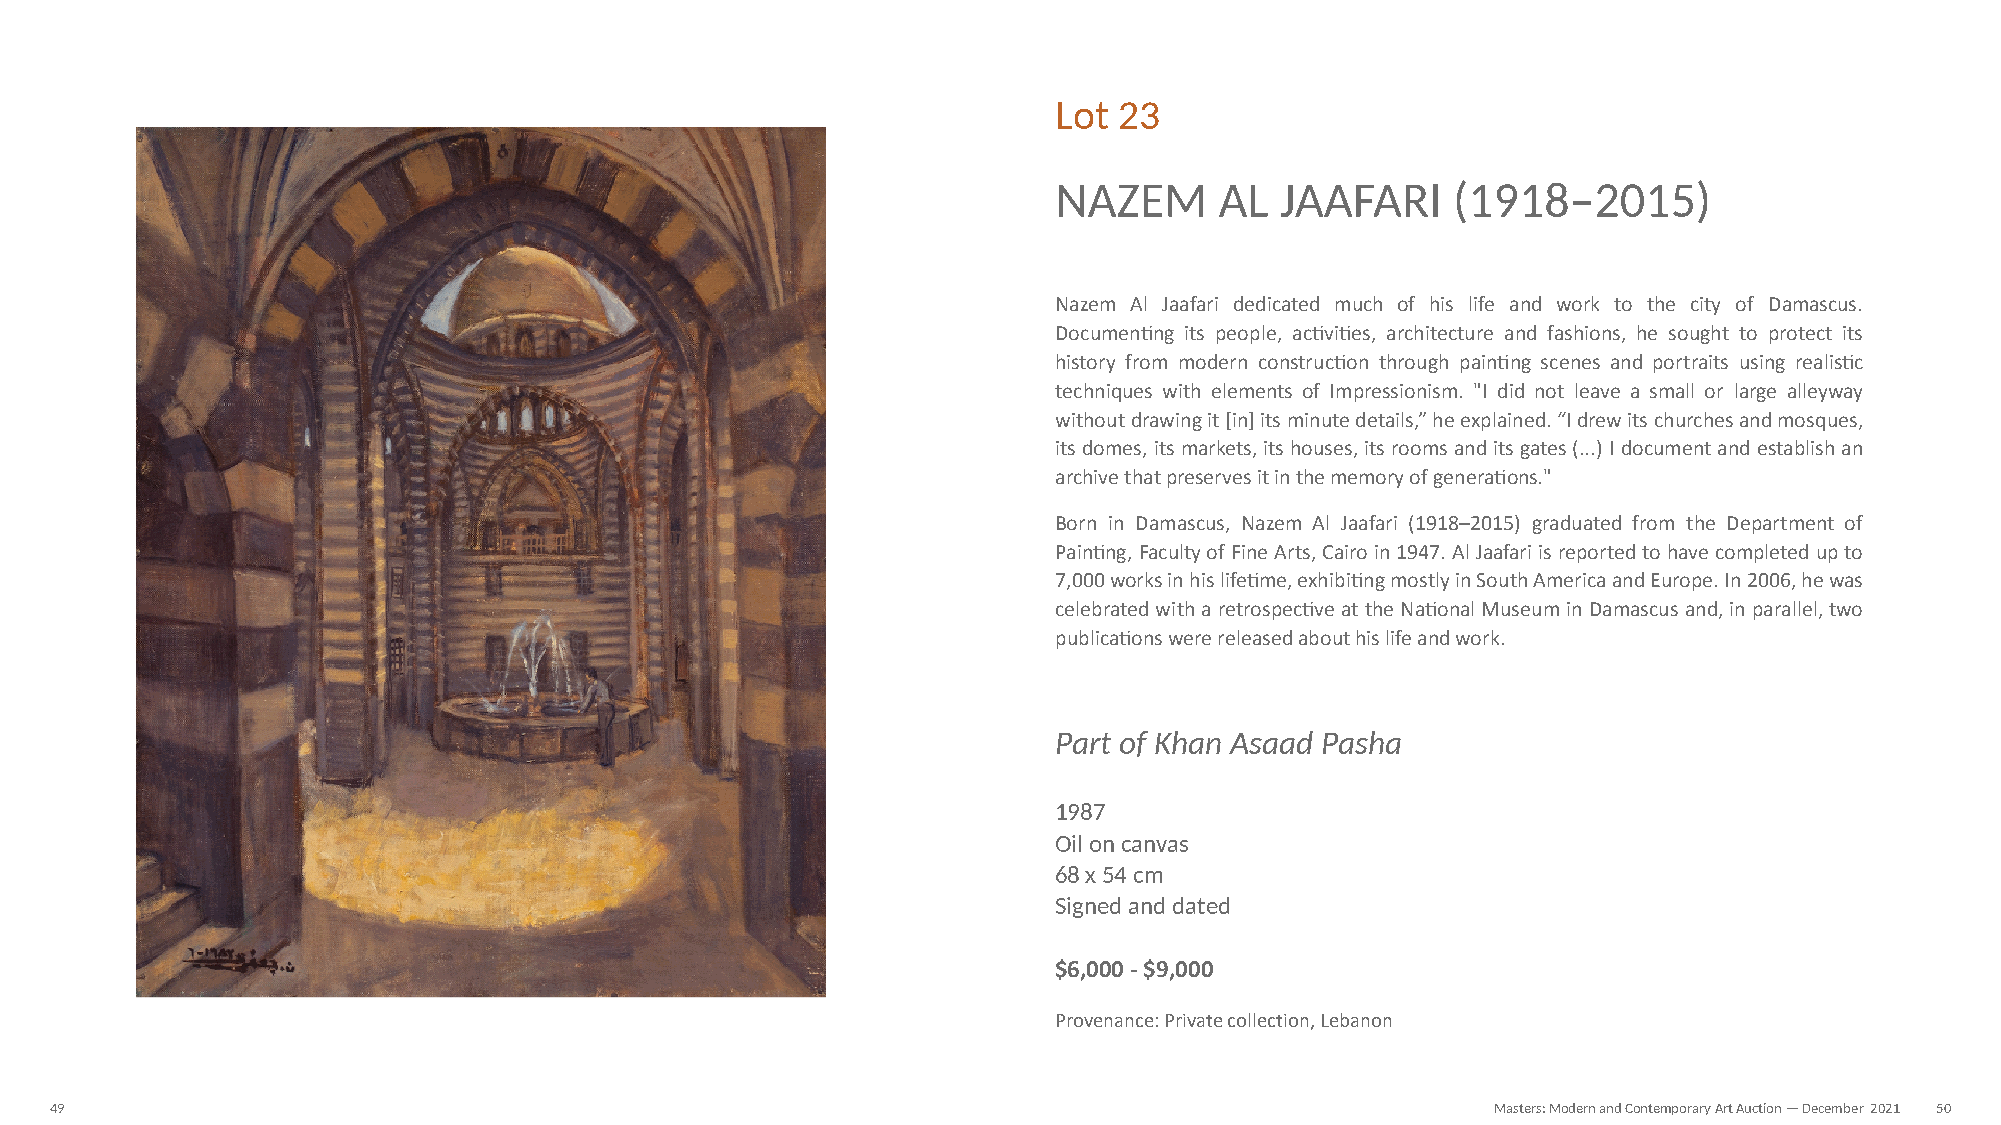
Lot 23
 NAZEM      AL  JAAFARI    (1918–2015)
 Nazem Al Jaafari dedicated much of his life and work to the city of Damascus.
 DocumenNng its people, acNviNes, architecture and fashions, he sought to protect its
 history from modern construcNon through painNng scenes and portraits using realisNc
 techniques with elements of Impressionism. "I did not leave a small or large alleyway
 without drawing it [in] its minute details,” he explained. “I drew its churches and mosques,
 its domes, its markets, its houses, its rooms and its gates (...) I document and establish an
 archive that preserves it in the memory of generaNons."
 Born in Damascus, Nazem Al Jaafari (1918–2015) graduated from the Department of
 PainNng, Faculty of Fine Arts, Cairo in 1947. Al Jaafari is reported to have completed up to
 7,000 works in his lifeNme, exhibiNng mostly in South America and Europe. In 2006, he was
 celebrated with a retrospecNve at the NaNonal Museum in Damascus and, in parallel, two
 publicaNons were released about his life and work.
 Part of Khan Asaad Pasha
 1987
 Oil on canvas
 68 x 54 cm
 Signed and dated
 $6,000 - $9,000
 Provenance: Private collection, Lebanon
 49                                                                                              Masters: Modern and Contemporary Art Auction — December 2021 50